Indian journal of veterinary science and animal husbandry - Volumes 26-27, 1956-1957
Year: 1956
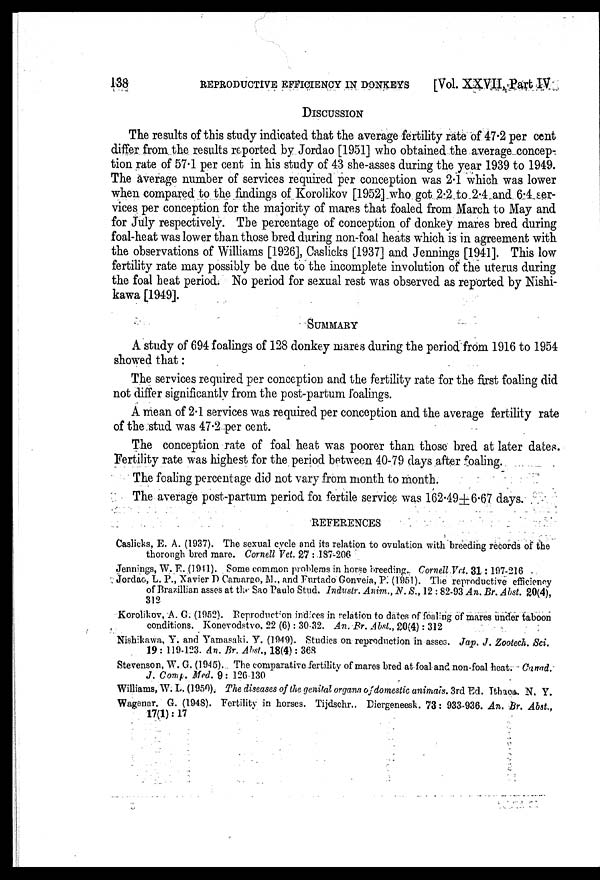
138
REPRODUCTIVE EFFICIENCY IN DONKEYS
[Vol. XXVII. Part IV
DISCUSSION
The results of this study indicated that the average fertility rate of 47.2 per cent
differ from the results reported by Jordao [1951] who obtained the average concep-
tion rate of 57.1 per cent in his study of 43 she-asses during the year 1939 to 1949.
The average number of services required per conception was 2.1 which was lower
when compared to the findings of Korolikov [1952] who got 2.2 to 2.4 and 6.4 ser-
vices per conception for the majority of mares that foaled from March to May and
for July respectively. The percentage of conception of donkey mares bred during
foal-heat was lower than those bred during non-foal heats which is in agreement with
the observations of Williams [1926], Caslicks [1937] and Jennings [1941]. This low
fertility rate may possibly be due to the incomplete involution of the uterus during
the foal heat period. No period for sexual rest was observed as reported by Nishi-
kawa [1949].
SUMMARY
A study of 694 foalings of 128 donkey mares during the period from 1916 to 1954
showed that:
The services required per conception and the fertility rate for the first foaling did
not differ significantly from the post-partum foalings.
A mean of 2.1 services was required per conception and the average fertility rate
of the stud was 47.2 per cent.
The conception rate of foal heat was poorer than those bred at later dates.
Fertility rate was highest for the period between 40-79 days after foaling.
The foaling percentage did not vary from month to month.
The average post-partum period for fertile service was 162.49±6.67 days.
REFERENCES
Caslicks, E. A. (1937). The sexual cycle and its relation to ovulation with breeding records of the
thorough bred mare. Cornell Vet. 27 : 187-206
Jennings, W. F. (1941). Some common problems in horse breeding. Cornell Vet. 31: 197-216
Jordao, L. P., Xavier D Camargo, M., and Furtado Gonveia, P. (1951). The reproductive efficiency
of Brazillian asses at the Sao Paulo Stud. Industr. Anim., N. S., 12 : 82-93 An. Br. Abst. 20(4),
312
Korolikov, A. G. (1952). Reproduction indices in relation to dates of foaling of mares under taboon
conditions. Konevodstvo, 22 (6): 30-32. An. Br. Abst., 20(4): 312
Nishikawa, Y. and Yamasaki. Y. (1949). Studies on reproduction in asses. Jap. J. Zootech. Sci.
19 : 119-123. An. Br. Abst., 18(4): 368
Stevenson, W. G. (1945). The comparative fertility of mares bred at foal and non-foal heat. Canad.
J. Comp. Med. 9: 126.130
Williams, W.L. (1950). The diseases of the genital organs of domestic animals. 3rd Ed. Ithaoa. N. Y.
Wagenar. G. (1948). Fertility in horses. Tijdschr.. Diergeneesk. 73: 933-936. An. Br. Abst.,
17(1): 17